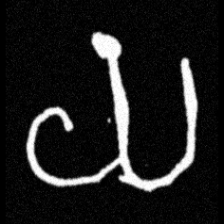
Pyu character \u2014 Myanmar letter: ယ (romanized: ya)